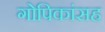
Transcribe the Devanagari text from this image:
गोपिकांसह